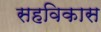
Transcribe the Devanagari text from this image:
सहविकास